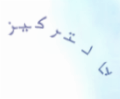
بالتركيز